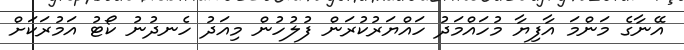
އޭނާގެ މަންމަ އާފިޔާ މުހައްމަދު ހައްޔަރުކުރަން ފުލުހުން މިއަދު ހެނދުނު ކޯޓު އަމުރަކަށް